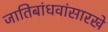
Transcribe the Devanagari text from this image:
जातिबांधवांसारखे